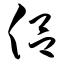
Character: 侣